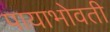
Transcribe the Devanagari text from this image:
पायाभोवती